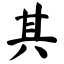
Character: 其